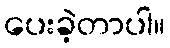
ပေးခဲ့တာပါ။